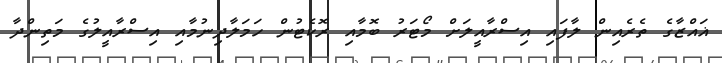
ޣައްޒާގެ ތެރެއިން ލާފައި އިސްރާއީލަށް މޯޓަރު ބޮމާއި ރޮކެޓުން ހަމަލާދިނުމާއި އިސްރާއީލުގެ މަތިންދާ